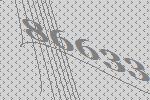
86633